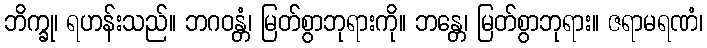
ဘိက္ခု၊ ရဟန်းသည်။ ဘဂဝန္တံ၊ မြတ်စွာဘုရားကို။ ဘန္တေ၊ မြတ်စွာဘုရား။ ဇရာမရဏံ၊